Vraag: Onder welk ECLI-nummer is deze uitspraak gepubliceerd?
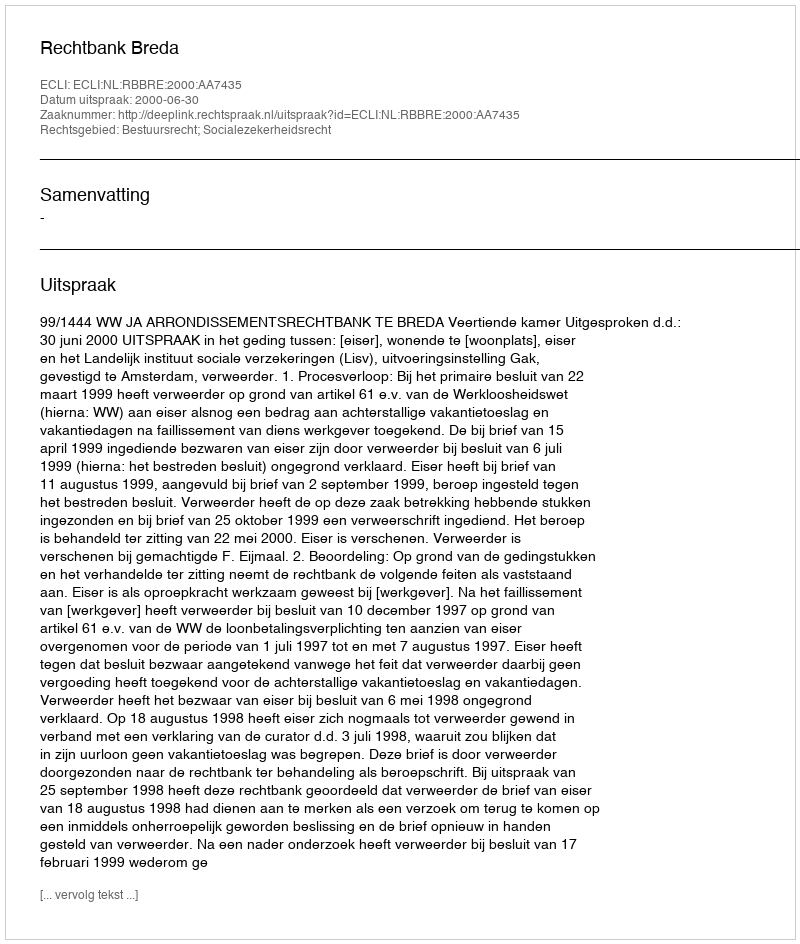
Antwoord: ECLI:NL:RBBRE:2000:AA7435